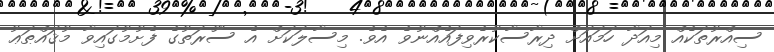
ސިއްރުތަކެއް މިއަދާ ހަމައަށް ދިރާސާކުރެވިފައެއްނުވެ އެވެ. މިސާލަކަށް އެ ސޫރަތުގެ ފެށުމުގައިވާ މުޤައްޠަޢު